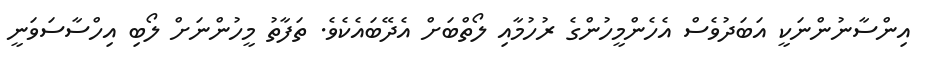
އިންސާނުންނަކީ އަބަދުވެސް އެހެންމީހުންގެ ރުހުމާއި ލޯތްބަށް އެދޭބައެކެވެ. ތަފާތު މީހުންނަށް ލޯބި އިހްސާސަވަނީ